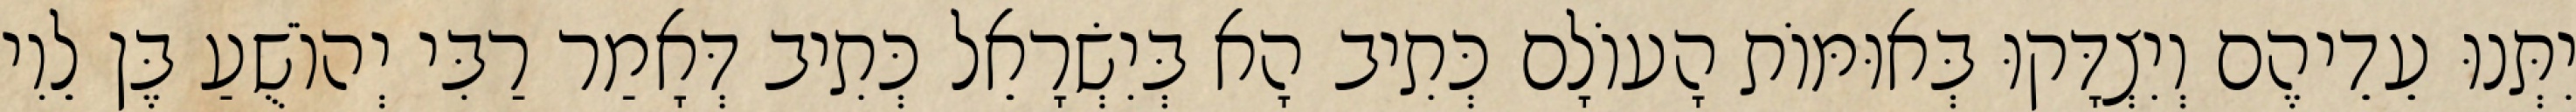
יִתְּנוּ עֵדֵיהֶם וְיִצְדָּקוּ בְּאוּמּוֹת הָעוֹלָם כְּתִיב הָא בְּיִשְׂרָאֵל כְּתִיב דְּאָמַר רַבִּי יְהוֹשֻׁעַ בֶּן לֵוִי